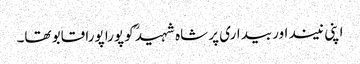
اپنی نیند اور بیداری پر شاہ شہیدؒ کو پورا پورا قابو تھا۔